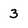
Character: 3